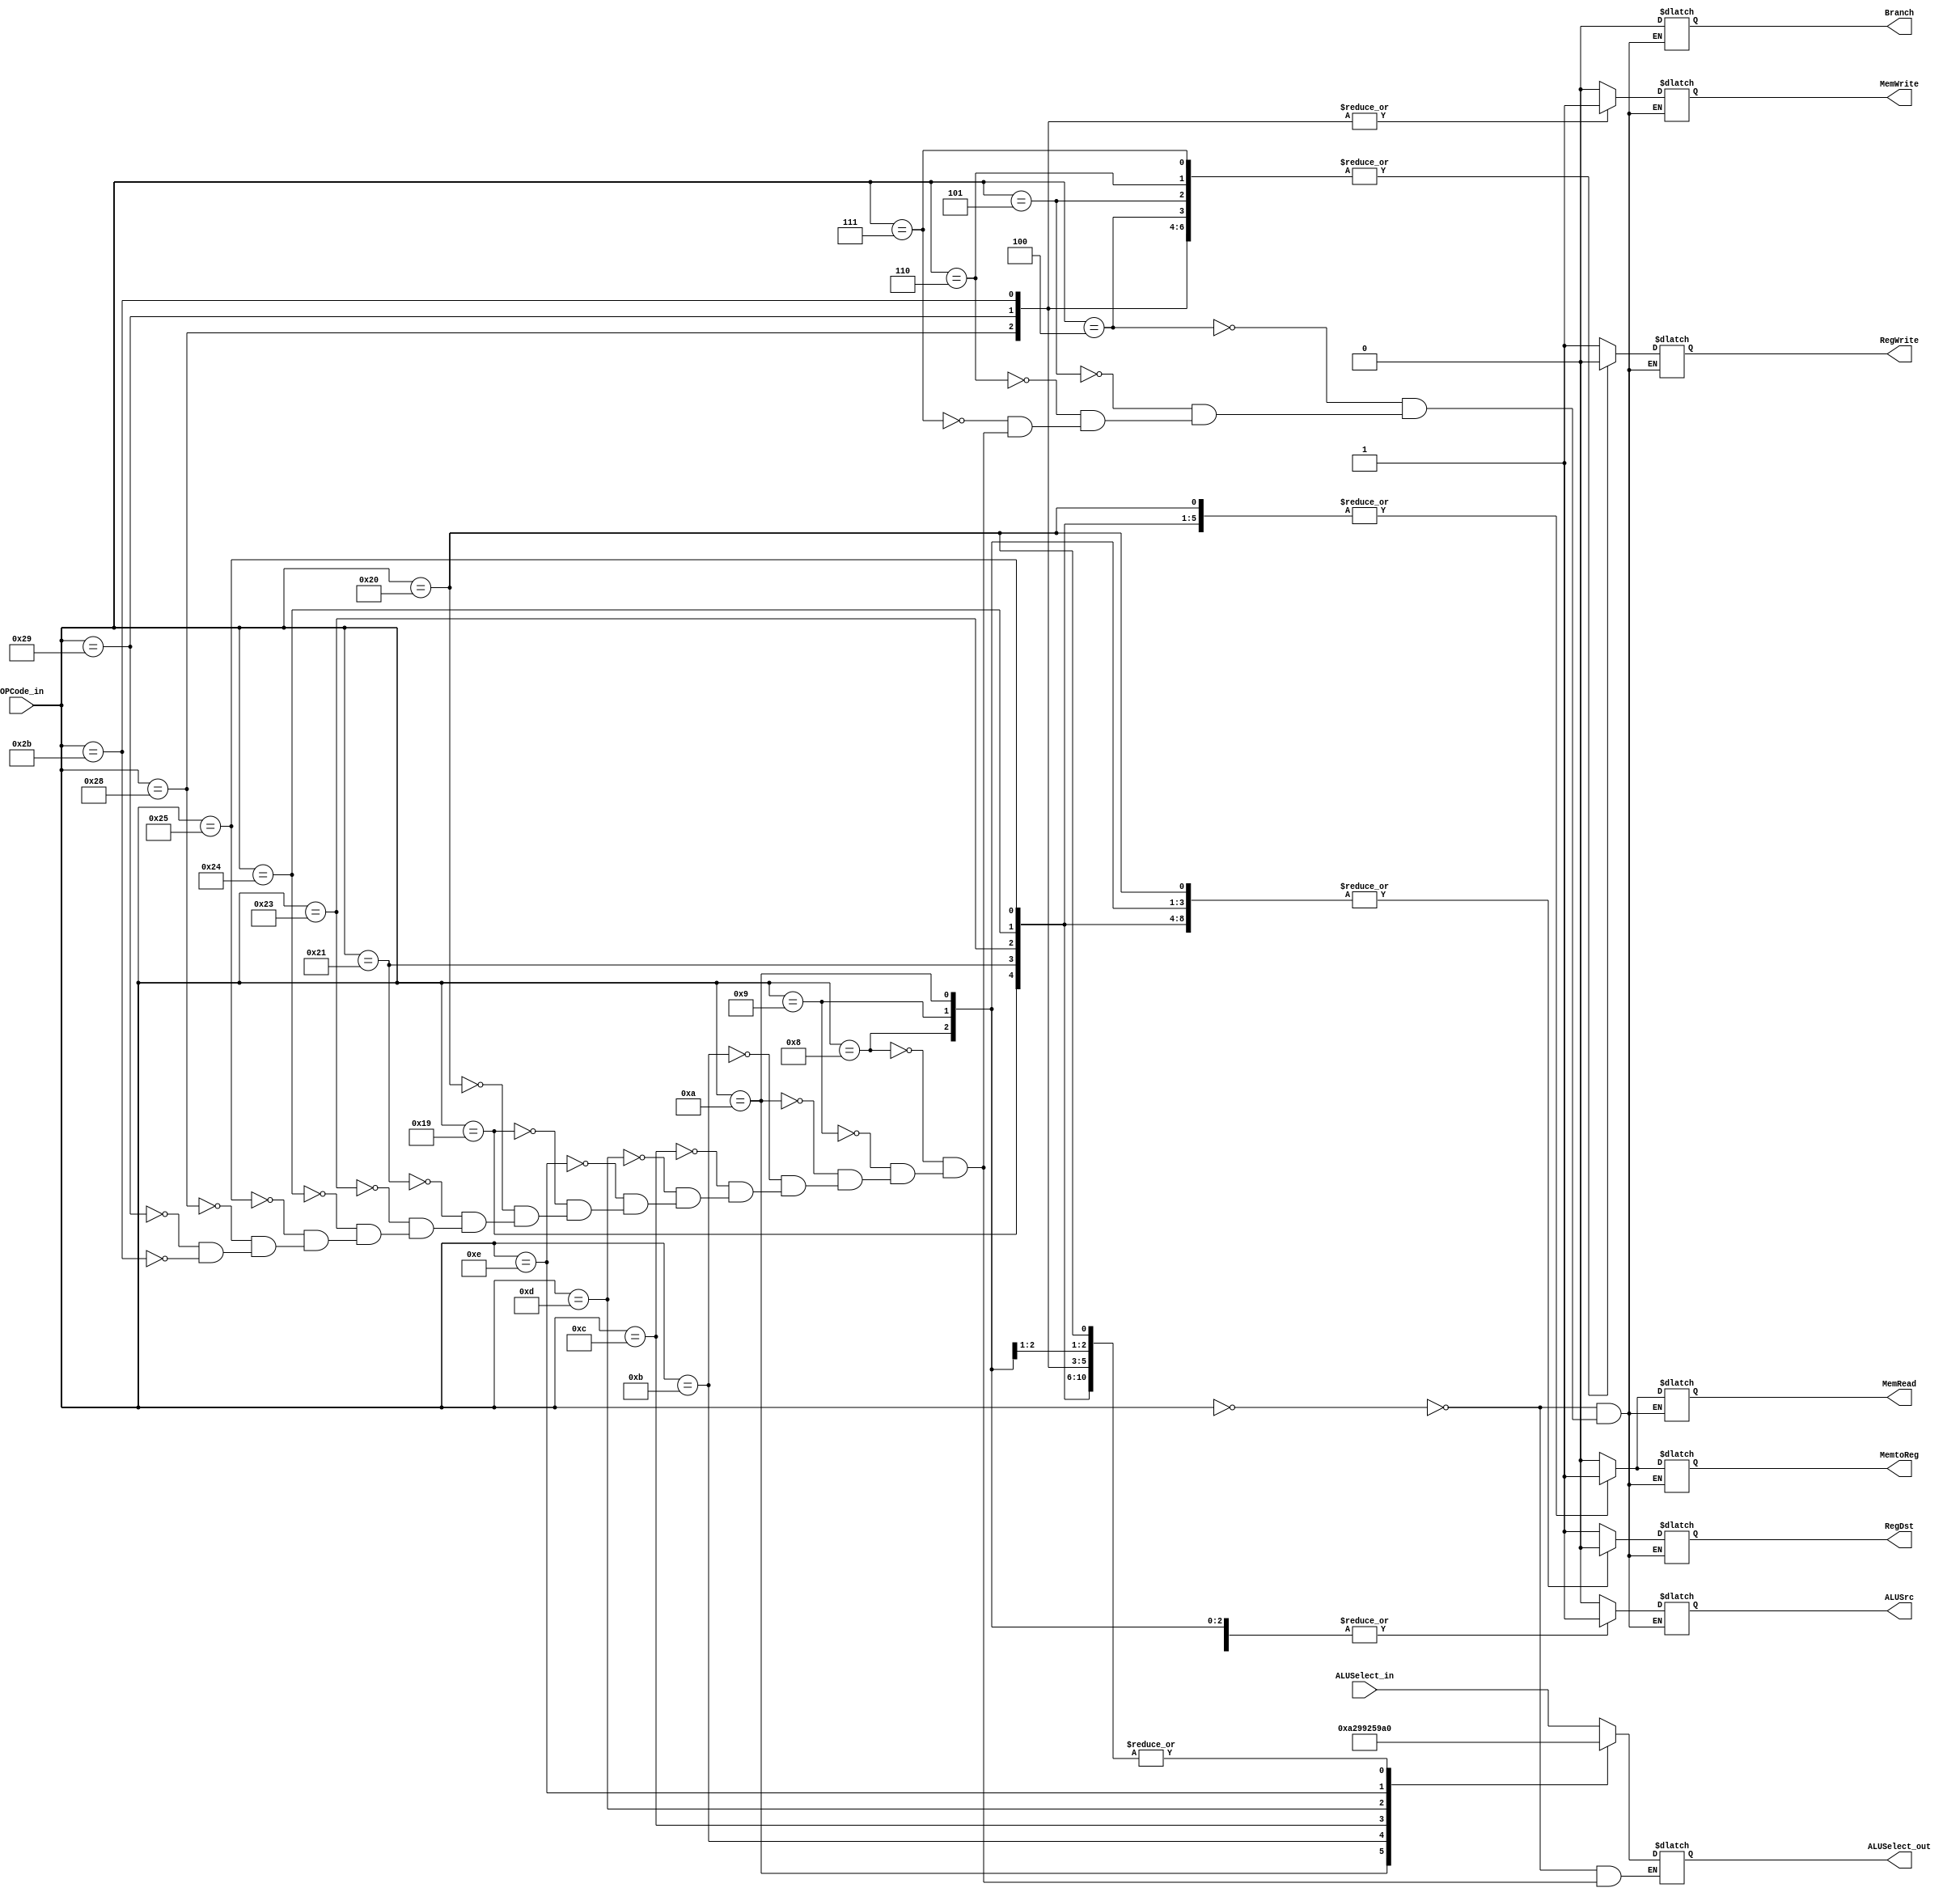
module controller (
	output reg RegDst
	, output reg Branch
	, output reg MemRead
	, output reg MemtoReg
	, output reg MemWrite
	, output reg ALUSrc
	, output reg RegWrite
	, output reg [5:0] ALUSelect_out
	, input [5:0] OPCode_in
	, input [5:0] ALUSelect_in);

	always @(*) begin
		case (OPCode_in)

	        6'b000000: begin //sll,srl,sra,sllv,srlv,srav,mfhi,mthi,mflo,mtlo,mult,multu,div,divu,add,addu,sub,subu,and,or,xor,nor,slt,sltu
	            RegDst <= 1'b1;
	            RegWrite <= 1'b1;
	            ALUSrc <= 1'b0;
	            MemRead <= 1'b0;
	            MemWrite <= 1'b0;
	            MemtoReg <= 1'b0;
	            Branch <= 1'b0;
	            /*
	            if (ALUSelect_in == 6'b000000) begin
	              ALUSelect_out <= 6'b100000;
	            end
	            else begin*/
	            ALUSelect_out <= ALUSelect_in;
	            //end
	        end
	        6'b000100: begin //beq
	          	RegDst <= 1'bx;
	            RegWrite <= 1'b0;
	            ALUSrc <= 1'b0;
	            MemRead <= 1'b0;
	            MemWrite <= 1'b0;
	            MemtoReg <= 1'bx;
	            Branch <= 1'b0;
	        end
	        6'b000101: begin //bne
	          	RegDst <= 1'bx;
	            RegWrite <= 1'b0;
	            ALUSrc <= 1'b0;
	            MemRead <= 1'b0;
	            MemWrite <= 1'b0;
	            MemtoReg <= 1'bx;
	            Branch <= 1'b0;
	        end
	        6'b000110: begin //blez
	          	RegDst <= 1'bx;
	            RegWrite <= 1'b0;
	            ALUSrc <= 1'b0;
	            MemRead <= 1'b0;
	            MemWrite <= 1'b0;
	            MemtoReg <= 1'bx;
	            Branch <= 1'b0;
	        end
	        6'b000111: begin //bgtz
	          	RegDst <= 1'bx;
	            RegWrite <= 1'b0;
	            ALUSrc <= 1'b0;
	            MemRead <= 1'b0;
	            MemWrite <= 1'b0;
	            MemtoReg <= 1'bx;
	            Branch <= 1'b0;
	        end
	        6'b001000: begin //addi
	          	RegDst <= 1'b0;
	            RegWrite <= 1'b1;
	            ALUSrc <= 1'b1;
	            MemRead <= 1'b0;
	            MemWrite <= 1'b0;
	            MemtoReg <= 1'b0;
	            Branch <= 1'b0;
	            ALUSelect_out <= 6'b100000;
	        end
	        6'b001001: begin //addiu
	          	RegDst <= 1'b0;
	            RegWrite <= 1'b1;
	            ALUSrc <= 1'b1;
	            MemRead <= 1'b0;
	            MemWrite <= 1'b0;
	            MemtoReg <= 1'b0;
	            Branch <= 1'b0;
	            ALUSelect_out <= 6'b100000;
	        end
	        6'b001010: begin //slti
	          	RegDst <= 1'b0;
	            RegWrite <= 1'b1;
	            ALUSrc <= 1'b1;
	            MemRead <= 1'b0;
	            MemWrite <= 1'b0;
	  	        MemtoReg <= 1'b0;
	            Branch <= 1'b0;
	            ALUSelect_out <= 6'b101000;
	        end
	        6'b001011: begin //sltiu
	          	RegDst <= 1'b0;
	            RegWrite <= 1'b1;
	            ALUSrc <= 1'b1;
	            MemRead <= 1'b0;
	            MemWrite <= 1'b0;
	            MemtoReg <= 1'b0;
	            Branch <= 1'b0;
	            ALUSelect_out <= 6'b101001;
	        end
	        6'b001100: begin //andi
	          	RegDst <= 1'b0;
	            RegWrite <= 1'b1;
	            ALUSrc <= 1'b1;
	            MemRead <= 1'b0;
	            MemWrite <= 1'b0;
	            MemtoReg <= 1'b0;
	            Branch <= 1'b0;
	            ALUSelect_out <= 6'b100100;
	        end
	        6'b001101: begin //ori
	          	RegDst <= 1'b0;
	            RegWrite <= 1'b1;
	            ALUSrc <= 1'b1;
	            MemRead <= 1'b0;
	            MemWrite <= 1'b0;
	            MemtoReg <= 1'b0;
	            Branch <= 1'b0;
	            ALUSelect_out <= 6'b100101;
	        end
	        6'b001110: begin //xori
	          	RegDst <= 1'b0;
	            RegWrite <= 1'b1;
	            ALUSrc <= 1'b1;
	            MemRead <= 1'b0;
	            MemWrite <= 1'b0;
	            MemtoReg <= 1'b0;
	            Branch <= 1'b0;
	            ALUSelect_out <= 6'b100110;
	        end
	        6'b011001: begin //lhi
	          	RegDst <= 1'b0;
	            RegWrite <= 1'b1;
	            ALUSrc <= 1'b1;
	            MemRead <= 1'b1;
	            MemWrite <= 1'b0;
	            MemtoReg <= 1'b1;
	            Branch <= 1'b0;
	            ALUSelect_out <= 6'b100000;
	        end
	        6'b100000: begin //lb
	          	RegDst <= 1'b0;
	            RegWrite <= 1'b1;
	            ALUSrc <= 1'b0;
	            MemRead <= 1'b1;
	            MemWrite <= 1'b0;
	            MemtoReg <= 1'b1;
	            Branch <= 1'b0;
	            ALUSelect_out <= 6'b100000;
	        end
	        6'b100001: begin //lh
	          	RegDst <= 1'b0;
	            RegWrite <= 1'b1;
	            ALUSrc <= 1'b0;
	            MemRead <= 1'b1;
	            MemWrite <= 1'b0;
	            MemtoReg <= 1'b1;
	            Branch <= 1'b0;
	            ALUSelect_out <= 6'b100000;
	        end
	        6'b100011: begin //lw
	          	RegDst <= 1'b0;
	            RegWrite <= 1'b1;
	            ALUSrc <= 1'b1;
	            MemRead <= 1'b1;
	            MemWrite <= 1'b0;
	            MemtoReg <= 1'b1;
	            Branch <= 1'b0;
	            ALUSelect_out <= 6'b100000;
	        end
	        6'b100100: begin //lbu
	          	RegDst <= 1'b0;
	            RegWrite <= 1'b1;
	            ALUSrc <= 1'b0;
	            MemRead <= 1'b1;
	            MemWrite <= 1'b0;
	            MemtoReg <= 1'b1;
	            Branch <= 1'b0;
	            ALUSelect_out <= 6'b100000;
	        end
	        6'b100101: begin //lhu
	          	RegDst <= 1'b0;
	            RegWrite <= 1'b1;
	            ALUSrc <= 1'b0;
	            MemRead <= 1'b1;
	            MemWrite <= 1'b0;
	            MemtoReg <= 1'b1;
	            Branch <= 1'b0;
	            ALUSelect_out <= 6'b100000;
	        end
	        6'b101000: begin //sb
	          	RegDst <= 1'bx;
	            RegWrite <= 1'b0;
	            ALUSrc <= 1'b1;
	            MemRead <= 1'b0;
	            MemWrite <= 1'b1;
	            MemtoReg <= 1'bx;
	            Branch <= 1'b0;
	            ALUSelect_out <= 6'b100000;
	        end
	        6'b101001: begin //sh
	          	RegDst <= 1'bx;
	            RegWrite <= 1'b0;
	            ALUSrc <= 1'b1;
	            MemRead <= 1'b0;
	            MemWrite <= 1'b1;
	            MemtoReg <= 1'bx;
	            Branch <= 1'b0;
	            ALUSelect_out <= 6'b100000;
	        end
	        6'b101011: begin //sw
	          	RegDst <= 1'bx;
	            RegWrite <= 1'b0;
	            ALUSrc <= 1'b1;
	            MemRead <= 1'b0;
	            MemWrite <= 1'b1;
	            MemtoReg <= 1'bx;
	            Branch <= 1'b0;
	            ALUSelect_out <= 6'b100000;
	        end
	    endcase
	end

endmodule